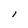
Character: i